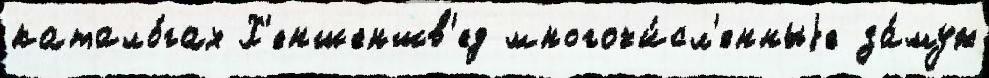
катало́гах Х'еншеншв'ед многочи́сл'енныjе за́муж